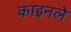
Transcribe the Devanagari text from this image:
काइनले